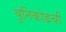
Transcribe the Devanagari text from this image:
युनिकोडची